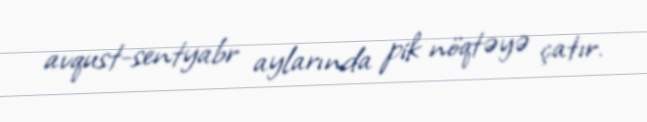
avqust-sentyabr aylarında pik nöqtəyə çatır.